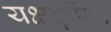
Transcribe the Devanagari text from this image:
यक्षदूषित